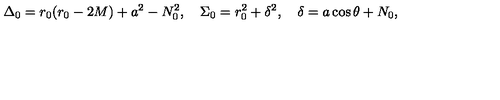
\Delta _ { 0 } = r _ { 0 } ( r _ { 0 } - 2 M ) + a ^ { 2 } - N _ { 0 } ^ { 2 } , \quad \Sigma _ { 0 } = r _ { 0 } ^ { 2 } + \delta ^ { 2 } , \quad \delta = a \cos \theta + N _ { 0 } ,